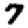
Digit: 7